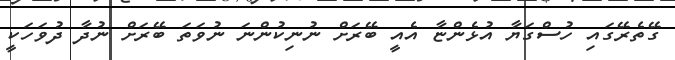
ގޭތެރޭގައި ހުސްގަޔާ އުޅެންޏާ އެއީ ބޭރަށް ނުނިކުންނަ ނުވަތަ ބޭރަށް ނުދާ ދުވަހަކީ